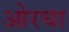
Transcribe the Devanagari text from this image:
ओरघा